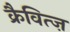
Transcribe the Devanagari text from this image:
क्रैवित्ज़